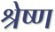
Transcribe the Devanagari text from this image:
श्रेष्‍ण